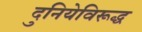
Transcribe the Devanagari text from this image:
दुनियेविरूद्ध